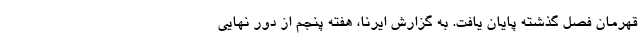
قهرمان فصل گذشته پایان یافت. به گزارش ایرنا، هفته پنجم از دور نهایی